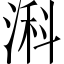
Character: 𬈎